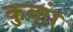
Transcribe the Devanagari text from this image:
कुवांर